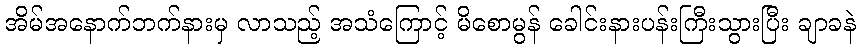
အိမ်အနောက်ဘက်နားမှ လာသည့် အသံကြောင့် မိစောမွန် ခေါင်းနားပန်းကြီးသွားပြီး ချာခနဲ